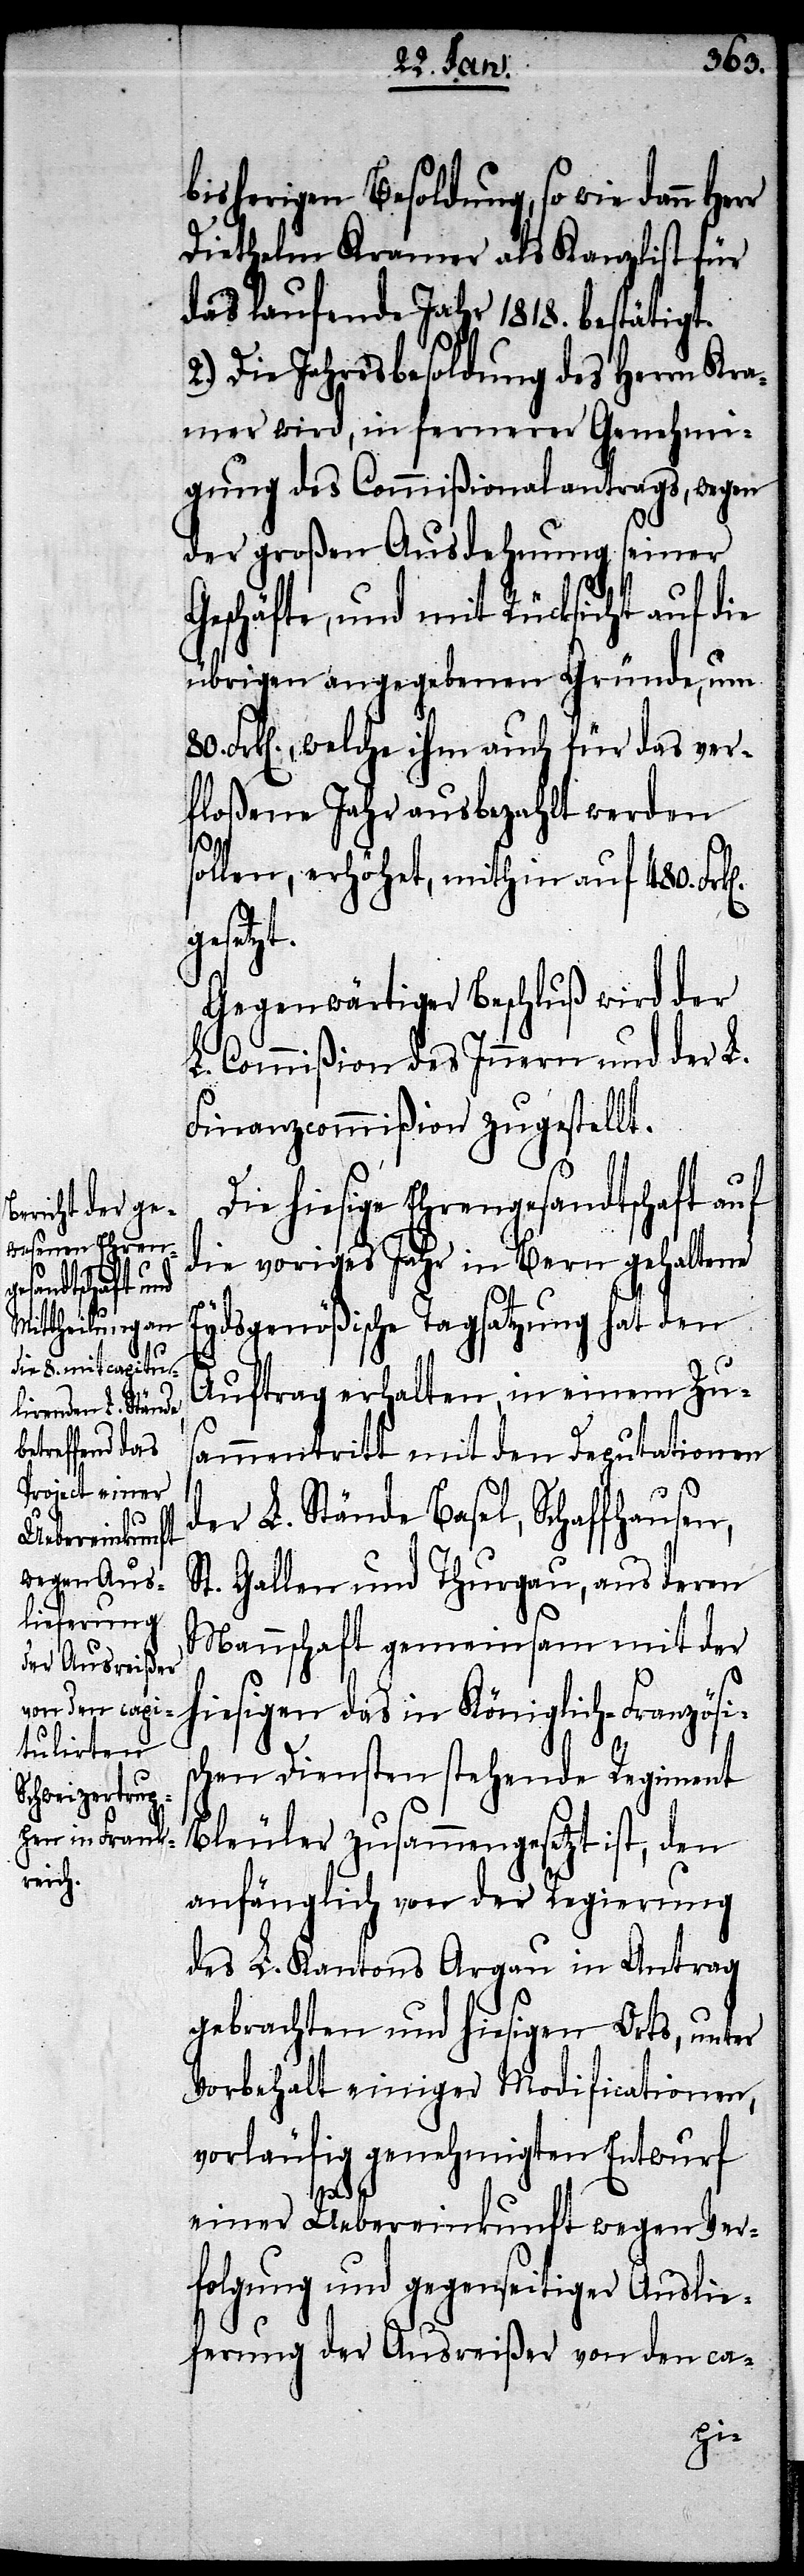
bisherigen Besoldung, sowie dann
Diethelm Kramer als Kanzlist für
das laufende Jahr 1818. bestätigt.
2.) Die Jahresbesoldung des Herrn Kra¬
mer wird, in fernerer Genehmi¬
gung des Commißionalantrages, wegen
der großen Ausdehnung seiner
Geschäfte, und mit Rücksicht auf die
übrigen angegebenen Gründe, um
Frk[en]., welche ihm auch für das ver¬
floßene Jahr ausbezahlt werden
ollen, erhöhet, mithin auf 480. Fr¬
setzt.
Gegenwärtiger Beschluß wird der
L. Commißion des Innern und der L.
Finanzcommißion zugestellt.
Die hiesige Ehrengesandtschaft auf
die voriges Jahr in Bern gehaltene
Eydsgenößische Tagsatzung hat den
Auftrag erhalten, in einem Zus¬
ammentritt mit den Deputationen
s¬
der L. Stände Basel, Schaffhausen,
St. Gallen und Thurgau, aus deren
Mannschaft gemeinsam mit der
hiesigen das in Königlich-Französis¬
chen Diensten stehende Regiment
Bleuler zusammengesetzt ist, den
anfänglich von der Regierung
des L. Kantons Argau in Antrag
gebrachten und hiesigen Orts, unter
Vorbehalt einiger Modificationen,
vorläufig genehmigten Entwurf
k[en].
einer Uebereinkunft wegen Ver¬
folgung und gegenseitiger Auslie¬
ferung der Ausreißer von den ca-
ge¬